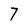
Character: 7